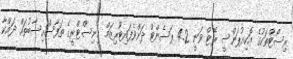
ރިސޯޓްތަކުގެ އޮކިއުޕަންސީ ރޭޓް ވަނީ 4.2 ޕަސެންޓް ދަށްވެފައިޓޫރިޒަމް މިނިސްޓްރީގެ ތަފާސްހިސާބުތައް ދައްކާ